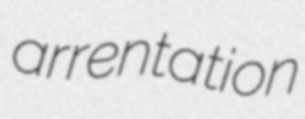
arrentation